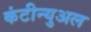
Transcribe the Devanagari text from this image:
कंटीन्युअल